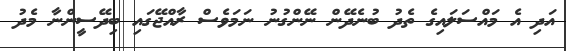
އަދި އެ މައްސަލައިގެ ތެދު ބުނެދޭން ނޭންގުނު ނަމަވެސް ރާއްޖޭގައި ބިދޭސީންނާ މެދު